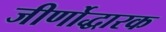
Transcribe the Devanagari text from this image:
जीर्णोद्धारक